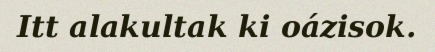
Itt alakultak ki oázisok.